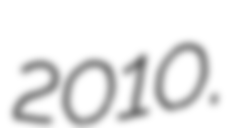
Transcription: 2010.